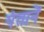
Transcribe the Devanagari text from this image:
पंतानें